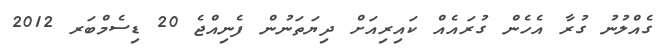
ގެއްލުނު ގުރާ އެހެން ގުރައެއް ކައިރިއަށް ދިޔަތަނުން ފެނިއްޖެ 20 ޑިސެމްބަރ 2012